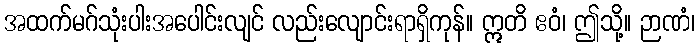
အထက်မဂ်သုံးပါးအပေါင်းလျင် လည်းလျောင်းရာရှိကုန်။ ဣတိ ဧဝံ၊ ဤသို့။ ဉာဏံ၊